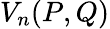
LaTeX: V_{n}(P,Q)